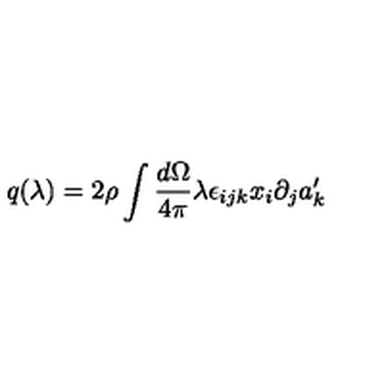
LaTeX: q ( \lambda ) = 2 \rho \int \frac { d \Omega } { 4 \pi } \lambda \epsilon _ { i j k } x _ { i } \partial _ { j } a _ { k } ^ { \prime }